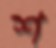
শ